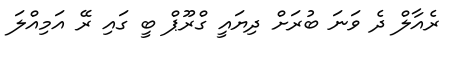
ރެއާލް ދެ ވަނަ ބުރަށް ދިޔައީ ގްރޫޕް ބީ ގައި ރޭ އަމިއްލަ